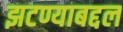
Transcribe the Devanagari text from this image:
झटण्याबद्दल